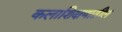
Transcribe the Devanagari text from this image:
कलाशिक्षणातील